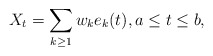
\begin{align*} X_t=\sum_{k\ge 1} w_k e_k(t),a\le t\le b, \end{align*}